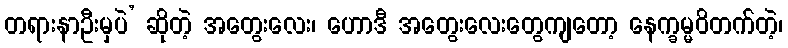
တရားနာဦးမှပဲ’ ဆိုတဲ့ အတွေးလေး၊ ဟောဒီ အတွေးလေးတွေကျတော့ နေက္ခမ္မဝိတက်တဲ့၊